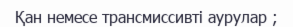
Қан немесе трансмиссивті аурулар ;